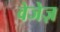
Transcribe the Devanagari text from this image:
वेजेज़